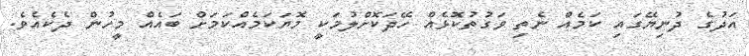
އަދުގެ ދުނިޔޭގައި ކަމެއް ނެތި ވަގުތުކޮޅެއް ހޭދަކޮށްލުމަކީ މޮޔަކަމެއްކަމަށް ބައެއް މީހުން ދެކެއެވެ.